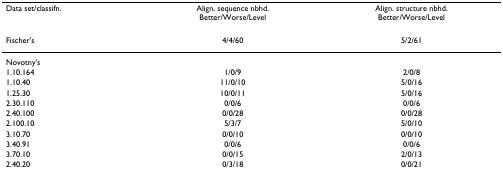
| Data set/classifn. | Align. sequence nbhd.Better/Worse/Level | Align. structure nbhd.Better/Worse/Level |
 | --- | --- | --- |
 | Fischer's | 4/4/60 | 5/2/61 |
 | Novotny's |  |  |
 | 1.10.164 | 1/0/9 | 2/0/8 |
 | 1.10.40 | 11/0/10 | 5/0/16 |
 | 1.25.30 | 10/0/11 | 5/0/16 |
 | 2.30.110 | 0/0/6 | 0/0/6 |
 | 2.40.100 | 0/0/28 | 0/0/28 |
 | 2.100.10 | 5/3/7 | 5/0/10 |
 | 3.10.70 | 0/0/10 | 0/0/10 |
 | 3.40.91 | 0/0/6 | 0/0/6 |
 | 3.70.10 | 0/0/15 | 2/0/13 |
 | 2.40.20 | 0/3/18 | 0/0/21 |